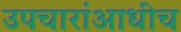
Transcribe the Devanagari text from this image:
उपचारांआधीच